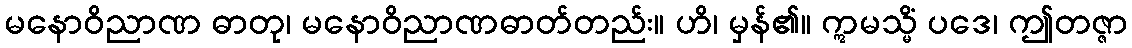
မနောဝိညာဏ ဓာတု၊ မနောဝိညာဏဓာတ်တည်း။ ဟိ၊ မှန်၏။ ဣမသ္မိံ ပဒေ၊ ဤတဇ္ဇာ